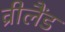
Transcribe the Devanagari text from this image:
व्रीलैंड